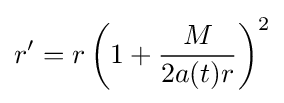
r'=r\left(1+{\frac {M}{2a(t)r}}\right)^{2}